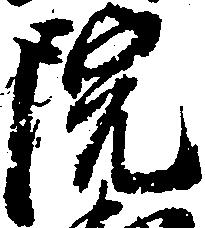
院